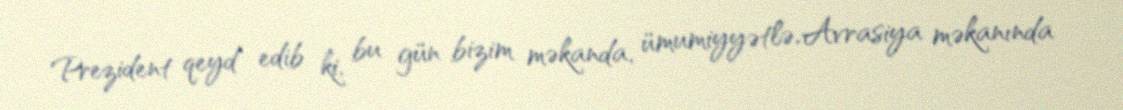
Prezident qeyd edib ki, bu gün bizim məkanda, ümumiyyətlə, Avrasiya məkanında